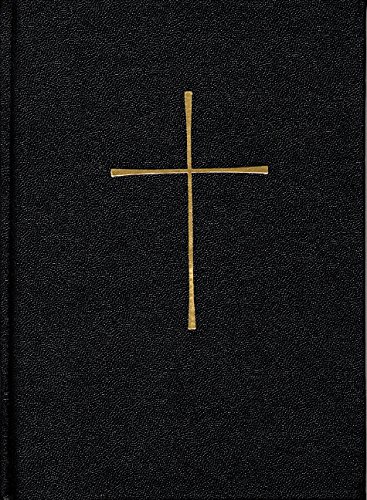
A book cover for Book Of Common Prayer Personal Ecomony Edition Black; BCP7140; Christian Books & Bibles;